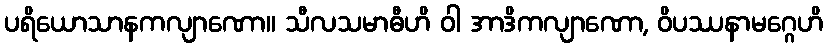
ပရိယောသာနကလျာဏော။ သီလသမာဓီဟိ ဝါ အာဒိကလျာဏော, ဝိပဿနာမဂ္ဂေဟိ